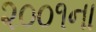
૨૦૦૧ના